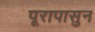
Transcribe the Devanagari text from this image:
पूरापासुन